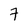
Character: 7